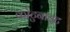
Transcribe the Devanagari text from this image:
कोटुनाइट